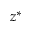
z ^ { * }